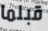
قبلما